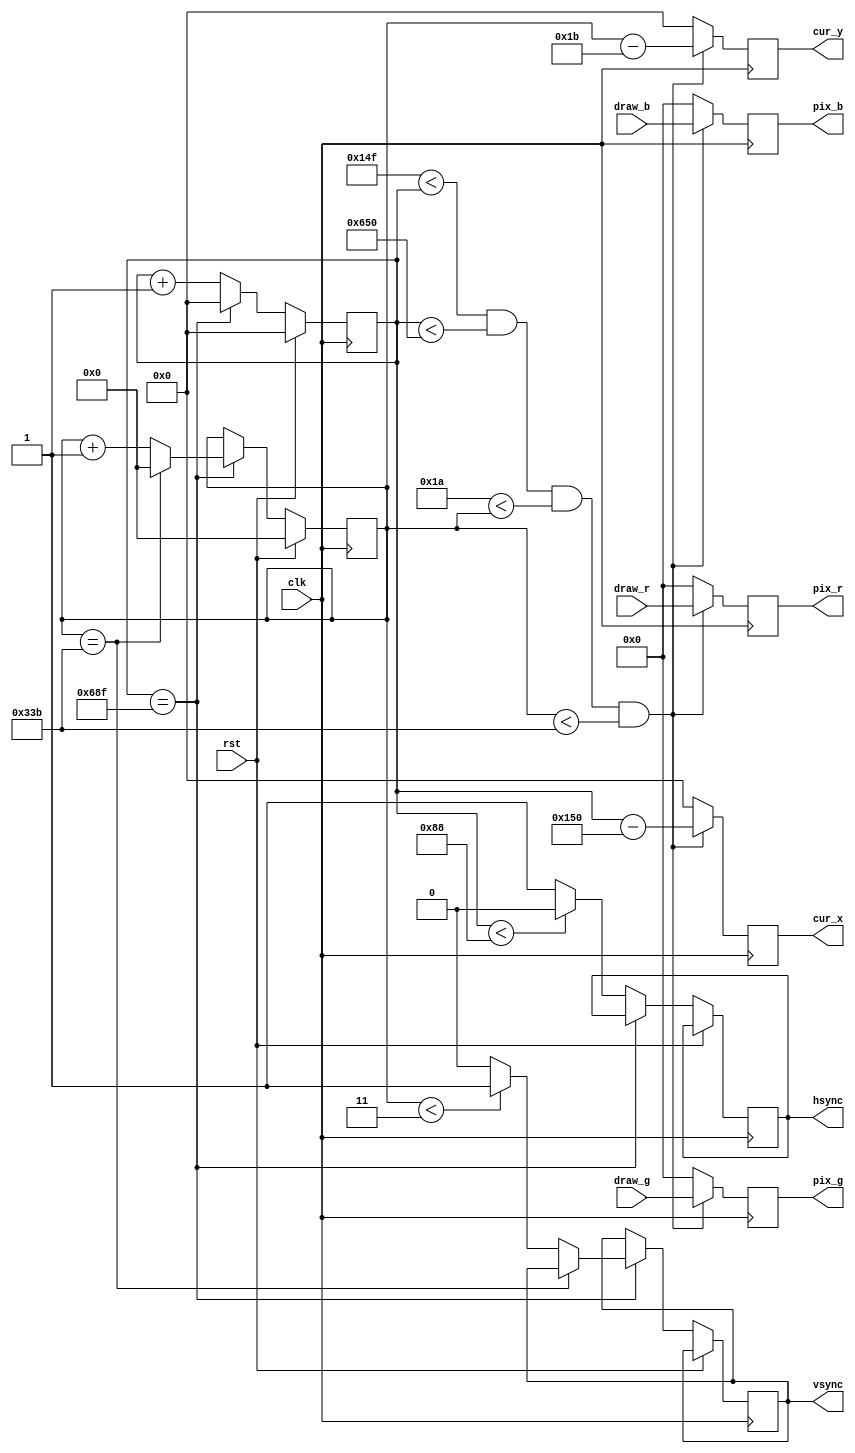
`timescale 1ns / 1ps
//////////////////////////////////////////////////////////////////////////////////
// Company: 
// Engineer: 
// 
// Design Name: 
// Module Name: vga_out
// Project Name: 
// Target Devices: 
// Tool Versions: 
// Description: 
// 
// Dependencies: 
// 
// Revision:
// Revision 0.01 - File Created
// Additional Comments:
// 
//////////////////////////////////////////////////////////////////////////////////

//Output pixels 
module vga_out(
    input clk, 
    input rst,
    input [3:0] draw_r, draw_g, draw_b,
    output reg [3:0] pix_r, pix_g, pix_b,
    output reg vsync, hsync,
    output reg [10:0] cur_x, cur_y
    );
    reg [10:0]hcount = 11'd0;
    reg [9:0]vcount = 10'd0;
    // operates on 83Mhz 
    always@(posedge clk)
    begin
    if(rst)begin
        hcount <= 11'd0; // the count horzintal and vertical of the
        vcount <= 10'd0; // this counts vertically 
        end
    else 
    begin
        if(hcount == 11'd1679) // last addressanle range
            begin
            hcount <= 11'd0; //reset 
            if(vcount == 827)
                begin
                vcount <= 10'd0; // reset
                end
            else
                begin
                if(vcount < 10'd3) // from the gitlab page
                    vsync <= 1'b1; // set Vsync to indicate new rew 
                else
                    vsync <= 1'b0;
                vcount <= vcount + 1'b1;
                end
            end
        else
            begin
            hcount <= hcount + 1'b1;
            if(hcount < 11'd136)
            begin
                hsync <= 1'b0; // set hsync to indicate new coulmn
            end
            else
                hsync <= 1'b1;
            end
        end
        if((11'd335 < hcount) && (hcount < 11'd1616) && (11'd26 < vcount) && (vcount < 11'd827))
        begin
            cur_x <= hcount - 11'd336; //offset counter for visible part of screen
            cur_y <= vcount - 11'd27;
            pix_r <= draw_r;
            pix_b <= draw_b;
            pix_g <= draw_g;
        end    
        else
            begin
            cur_x <= 11'd0;
            cur_y <= 11'd0;
            pix_r <= 4'h0;
            pix_b <= 4'h0;
            pix_g <= 4'h0;
            end
        
    end
endmodule